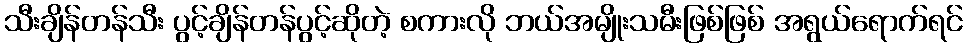
သီးချိန်တန်သီး ပွင့်ချိန်တန်ပွင့်ဆိုတဲ့ စကားလို ဘယ်အမျိုးသမီးဖြစ်ဖြစ် အရွယ်ရောက်ရင်